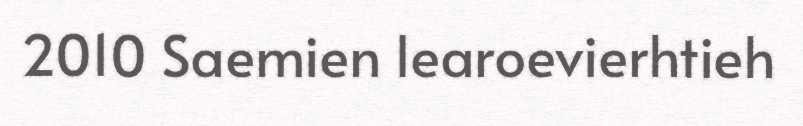
2010 Saemien learoevierhtieh